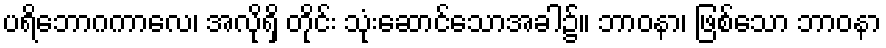
ပရိဘောဂကာလေ၊ အလိုရှိ တိုင်း သုံးဆောင်သောအခါ၌။ ဘာဝနာ၊ ဖြစ်သော ဘာဝနာ